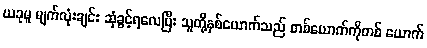
ယခုမူ မျက်လုံးချင်း ဆုံခွင့်ရလေပြီး သူတို့နှစ်ယောက်သည် တစ်ယောက်ကိုတစ် ယောက်